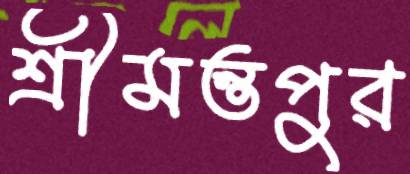
শ্রীমন্তপুর